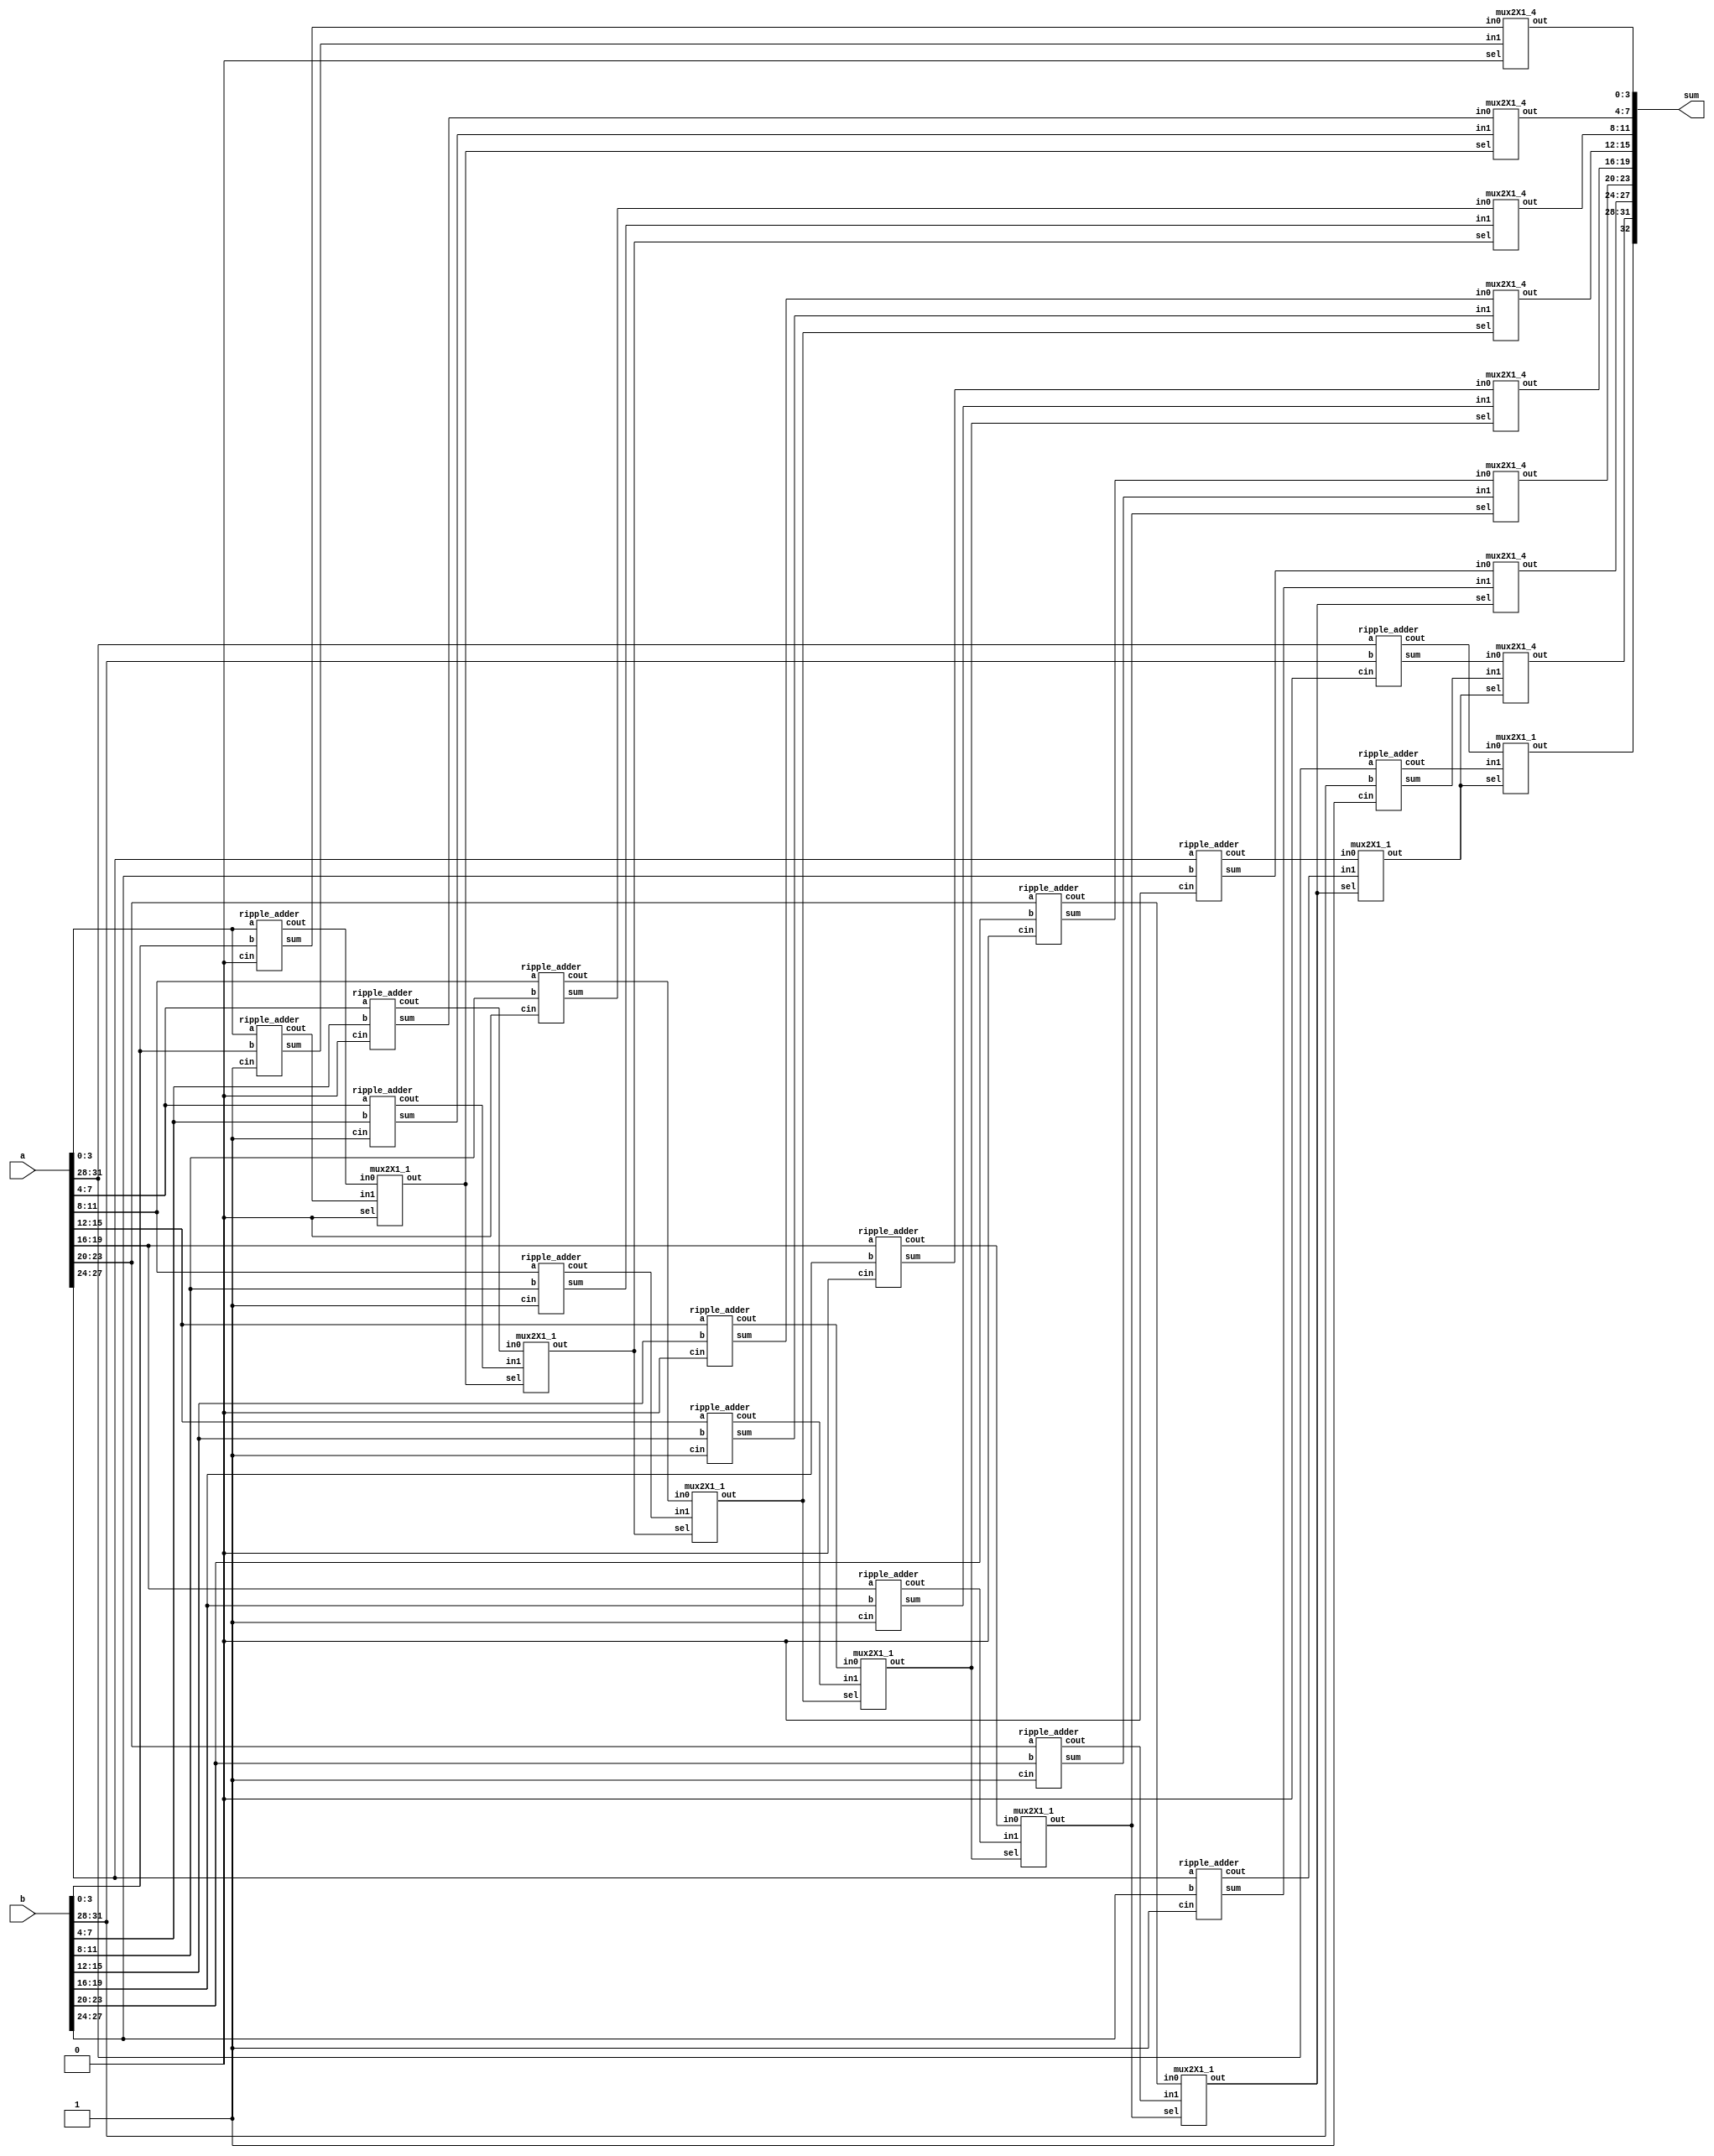
// ================ SELECT ADDER ================
module select_adder (
    a,
    b,
    sum
);
  input [31:0] a, b;
  output [32:0] sum;
  wire [31:0] sum0, sum1;
  wire [7:1] c;
  wire [7:0] cout0, cout1;
  // carry = 0
  ripple_adder rca_0 (
      sum0[3:0],
      cout0[0],
      a[3:0],
      b[3:0],
      1'b0
  );
  // carry = 1
  ripple_adder rca_1 (
      sum1[3:0],
      cout1[0],
      a[3:0],
      b[3:0],
      1'b1
  );
  mux2X1_4 mux_sum (
      sum[3:0],
      sum0[3:0],
      sum1[3:0],
      1'b0
  );
  mux2X1_1 mux_cout (
      c[1],
      cout0[0],
      cout1[0],
      1'b0
  );

  // carry = 1
  ripple_adder rca_other_0[6:1] (
      sum0[27:4],
      cout0[6:1],
      a[27:4],
      b[27:4],
      1'b0
  );
  // carry = 0
  ripple_adder rca_other_1[6:1] (
      sum1[27:4],
      cout1[6:1],
      a[27:4],
      b[27:4],
      1'b1
  );
  mux2X1_4 mux_other_sum[6:1] (
      sum[27:4],
      sum0[27:4],
      sum1[27:4],
      c[6:1]
  );
  mux2X1_1 mux_other_cout[6:1] (
      c[7:2],
      cout0[6:1],
      cout1[6:1],
      c[6:1]
  );

  // carry = 0
  ripple_adder rca_last_0 (
      sum0[31:28],
      cout0[7],
      a[31:28],
      b[31:28],
      1'b0
  );
  // carry = 1
  ripple_adder rca_last_1 (
      sum1[31:28],
      cout1[7],
      a[31:28],
      b[31:28],
      1'b1
  );
  mux2X1_4 mux_last_sum (
      sum[31:28],
      sum0[31:28],
      sum1[31:28],
      c[7]
  );
  mux2X1_1 mux_last_cout (
      sum[32],
      cout0[7],
      cout1[7],
      c[7]
  );
endmodule
// ================ RCA4 ================
module ripple_adder (
    output [3:0] sum,
    output cout,
    input [3:0] a,
    b,
    input cin
);
  wire [3:1] c;
  full_adder fa0 (
      a[0],
      b[0],
      cin,
      sum[0],
      c[1]
  );
  full_adder fa[2:1] (
      a[2:1],
      b[2:1],
      c[2:1],
      sum[2:1],
      c[3:2]
  );
  full_adder fa31 (
      a[3],
      b[3],
      c[3],
      sum[3],
      cout
  );
endmodule
// ================ FA ================
module full_adder (
    a,
    b,
    cin,
    sum,
    cout
);
  input a, b, cin;
  output sum, cout;
  wire x, y, z;
  half_adder h1 (
      .a(a),
      .b(b),
      .sum(x),
      .cout(y)
  );
  half_adder h2 (
      .a(x),
      .b(cin),
      .sum(sum),
      .cout(z)
  );
  or or_1 (cout, z, y);
endmodule
// ================ HA ================
module half_adder (
    a,
    b,
    sum,
    cout
);
  input a, b;
  output sum, cout;
  xor xor_1 (sum, a, b);
  and and_1 (cout, a, b);
endmodule
// ================ MUX ================
module mux2X1_1 (
    out,
    in0,
    in1,
    sel
);
  input in0, in1;
  input sel;
  output out;
  assign out = (sel) ? in1 : in0;
endmodule
module mux2X1_4 (
    out,
    in0,
    in1,
    sel
);
  input [3:0] in0, in1;
  input sel;
  output [3:0] out;
  assign out = (sel) ? in1 : in0;
endmodule
// ================ END ================